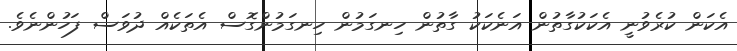
އެކަން ކުރެވުނީ އެކަކުގާތުން އަނެކަކު ގާތުން ހިނގަމުން ހިނގަމުންގޮސް އެތަކެއް ދުވަސް ފަހުންނެވެ.